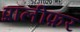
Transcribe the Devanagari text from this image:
प्रॉलीफ़र